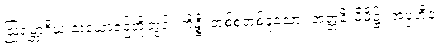
ဩရမ္ဘာဂိယ သံယောဇဉ်တို့တွင်။ ကိဉ္စိ၊ တစ်စုံတစ်ခုသော။ အတ္တနိ၊ မိမိ၌။ အပ္ပဟီနံ၊